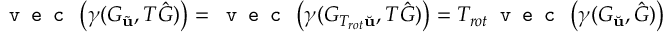
\texttt { v e c } \left( \gamma ( G _ { \tilde { \mathbf { u } } } , T \hat { G } ) \right) = \texttt { v e c } \left( \gamma ( G _ { T _ { r o t } \Breve { \mathbf { u } } } , T \hat { G } ) \right) = T _ { r o t } \texttt { v e c } \left( \gamma ( G _ { \Breve { \mathbf { u } } } , \hat { G } ) \right)